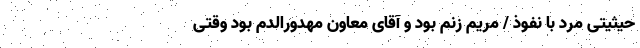
حیثیتی مرد با نفوذ / مریم زنم بود و آقای معاون مهدورالدم بود وقتی